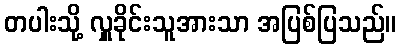
တပါးသို့ လှူခိုင်းသူအားသာ အပြစ်ပြသည်။